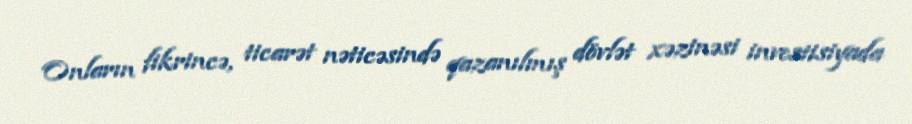
Onların fikrincə, ticarət nəticəsində qazanılmış dövlət xəzinəsi investisiyada